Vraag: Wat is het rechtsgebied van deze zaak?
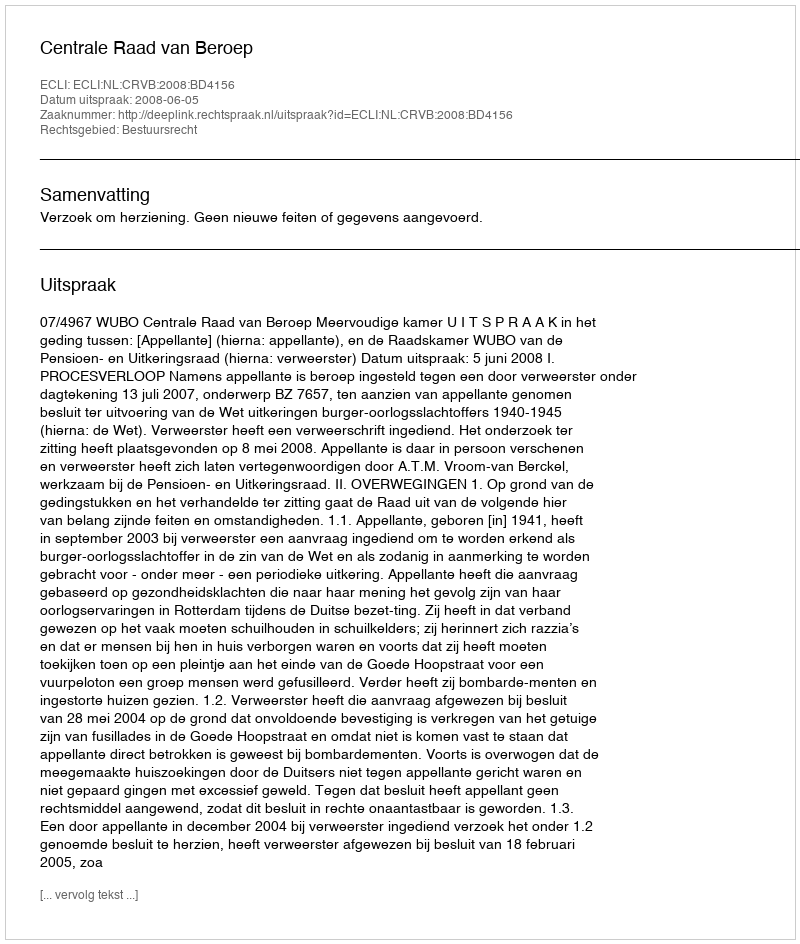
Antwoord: Bestuursrecht